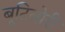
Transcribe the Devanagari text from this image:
बूटिबोरी